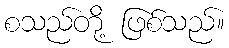
စသည်တို့ ဖြစ်သည်။